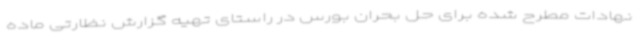
نهادات مطرح شده برای حل بحران بورس در راستای تهیه گزارش نظارتی ماده